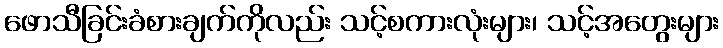
ဖောသီခြင်းခံစားချက်ကိုလည်း သင့်စကားလုံးများ၊ သင့်အတွေးများ